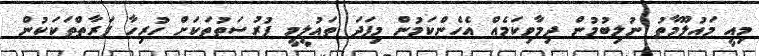
މިއީ މައުލޫމާތު ނުލިބުމުން ދިމާވިކަމެއް އެހެންކަމުން މިފަދަ ތައުލީމީ ފުރުސަތުތަކަށް ހުރިހާ ފަރާތްތަކަކުން